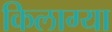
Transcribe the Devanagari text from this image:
किलाग्या